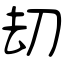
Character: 刼